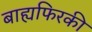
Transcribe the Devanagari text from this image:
बाह्यफिरकी